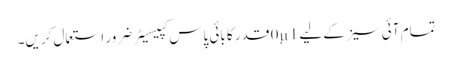
تمام آئی سیز کے لیے 0µ1 قدر کا بائی پاس کپیسیٹر ضرور استعمال کریں۔